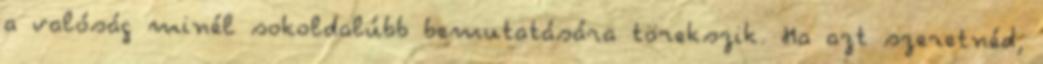
a valóság minél sokoldalúbb bemutatására törekszik. Ha azt szeretnéd,